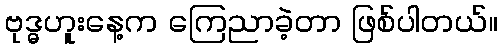
ဗုဒ္ဓဟူးနေ့က ကြေညာခဲ့တာ ဖြစ်ပါတယ်။